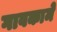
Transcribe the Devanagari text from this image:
गावकामे